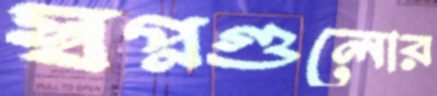
স্বপ্নগুলোর